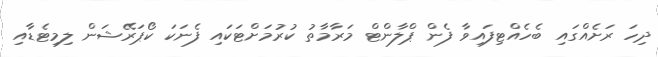
ދިހަ ރަށެއްގައި ބެހެއްޓިފައިވާ ފެން ޕްލާންޓް މަރާމާތު ކުރުމަށްޓަކައި ފެނަކަ ކޯޕަރޭޝަން ލިމިޓެޑާއި